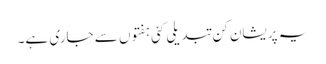
یہ پریشان کن تبدیلی کئی ہفتوں سے جاری ہے۔